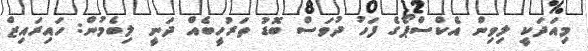
މިއަދަކީ ލިވިން އެކްސްޕޯގެ ފަހު ދުވަސް ބޮޑު ތަރުހީބެއް ދަނީ ލިބެމުން: ހައިރައިޒް